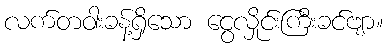
လက်တဝါးခန့်ရှိသော ငွေလှိုင်းကြီးခင်ဗျာ။